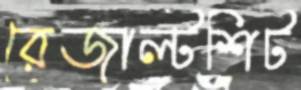
রেজাল্টশিট